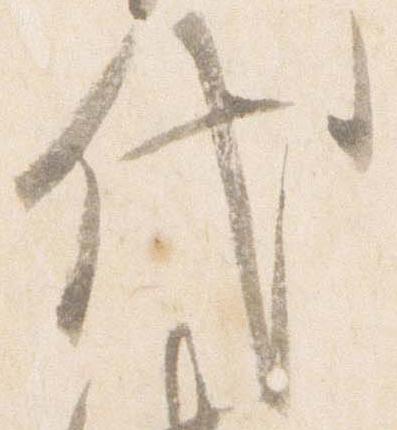
代